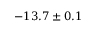
- 1 3 . 7 \pm 0 . 1